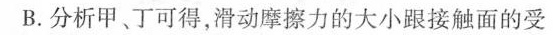
B.分析甲、丁可得，滑动摩擦力的大小跟接触面的受